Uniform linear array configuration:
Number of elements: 24
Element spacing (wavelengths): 1
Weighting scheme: cosine
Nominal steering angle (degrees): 45
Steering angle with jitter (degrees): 45.799
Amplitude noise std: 0.05
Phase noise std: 0.05

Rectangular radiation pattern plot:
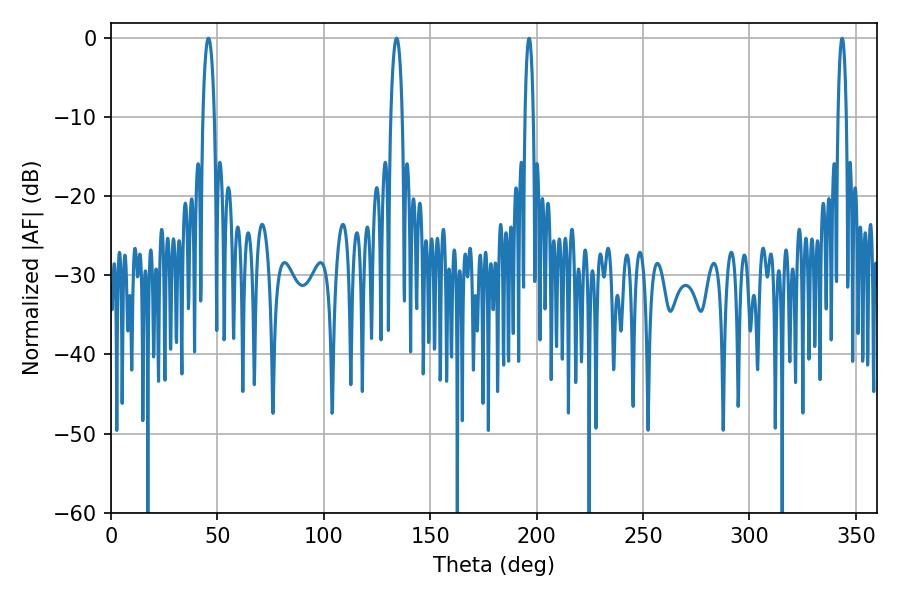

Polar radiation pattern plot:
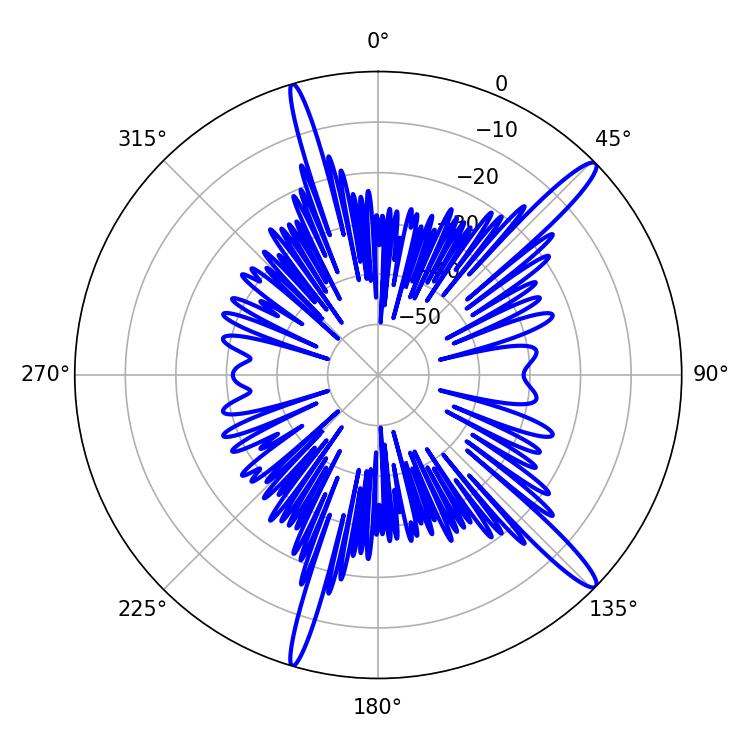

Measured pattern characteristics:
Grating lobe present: TRUE
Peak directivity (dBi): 15.14
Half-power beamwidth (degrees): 3.06
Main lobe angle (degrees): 45.72